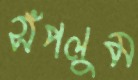
সঁপলুম